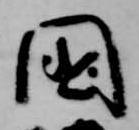
国